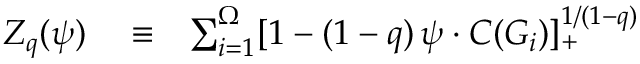
\begin{array} { r l r } { Z _ { q } ( \psi ) } & { { } \equiv } & { \sum _ { i = 1 } ^ { \Omega } [ 1 - ( 1 - q ) \, \psi \cdot C ( G _ { i } ) ] _ { + } ^ { 1 / ( 1 - q ) } } \end{array}